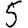
Digit: 5